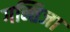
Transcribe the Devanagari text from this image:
गन्तिजा